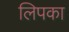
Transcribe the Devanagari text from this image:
लिपका